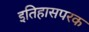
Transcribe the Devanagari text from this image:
इतिहासपरक